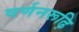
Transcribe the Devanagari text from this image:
वर्णनरूढ़ि